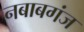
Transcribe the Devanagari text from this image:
नबाबगंज